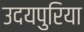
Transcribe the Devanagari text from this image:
उदयपुरिया